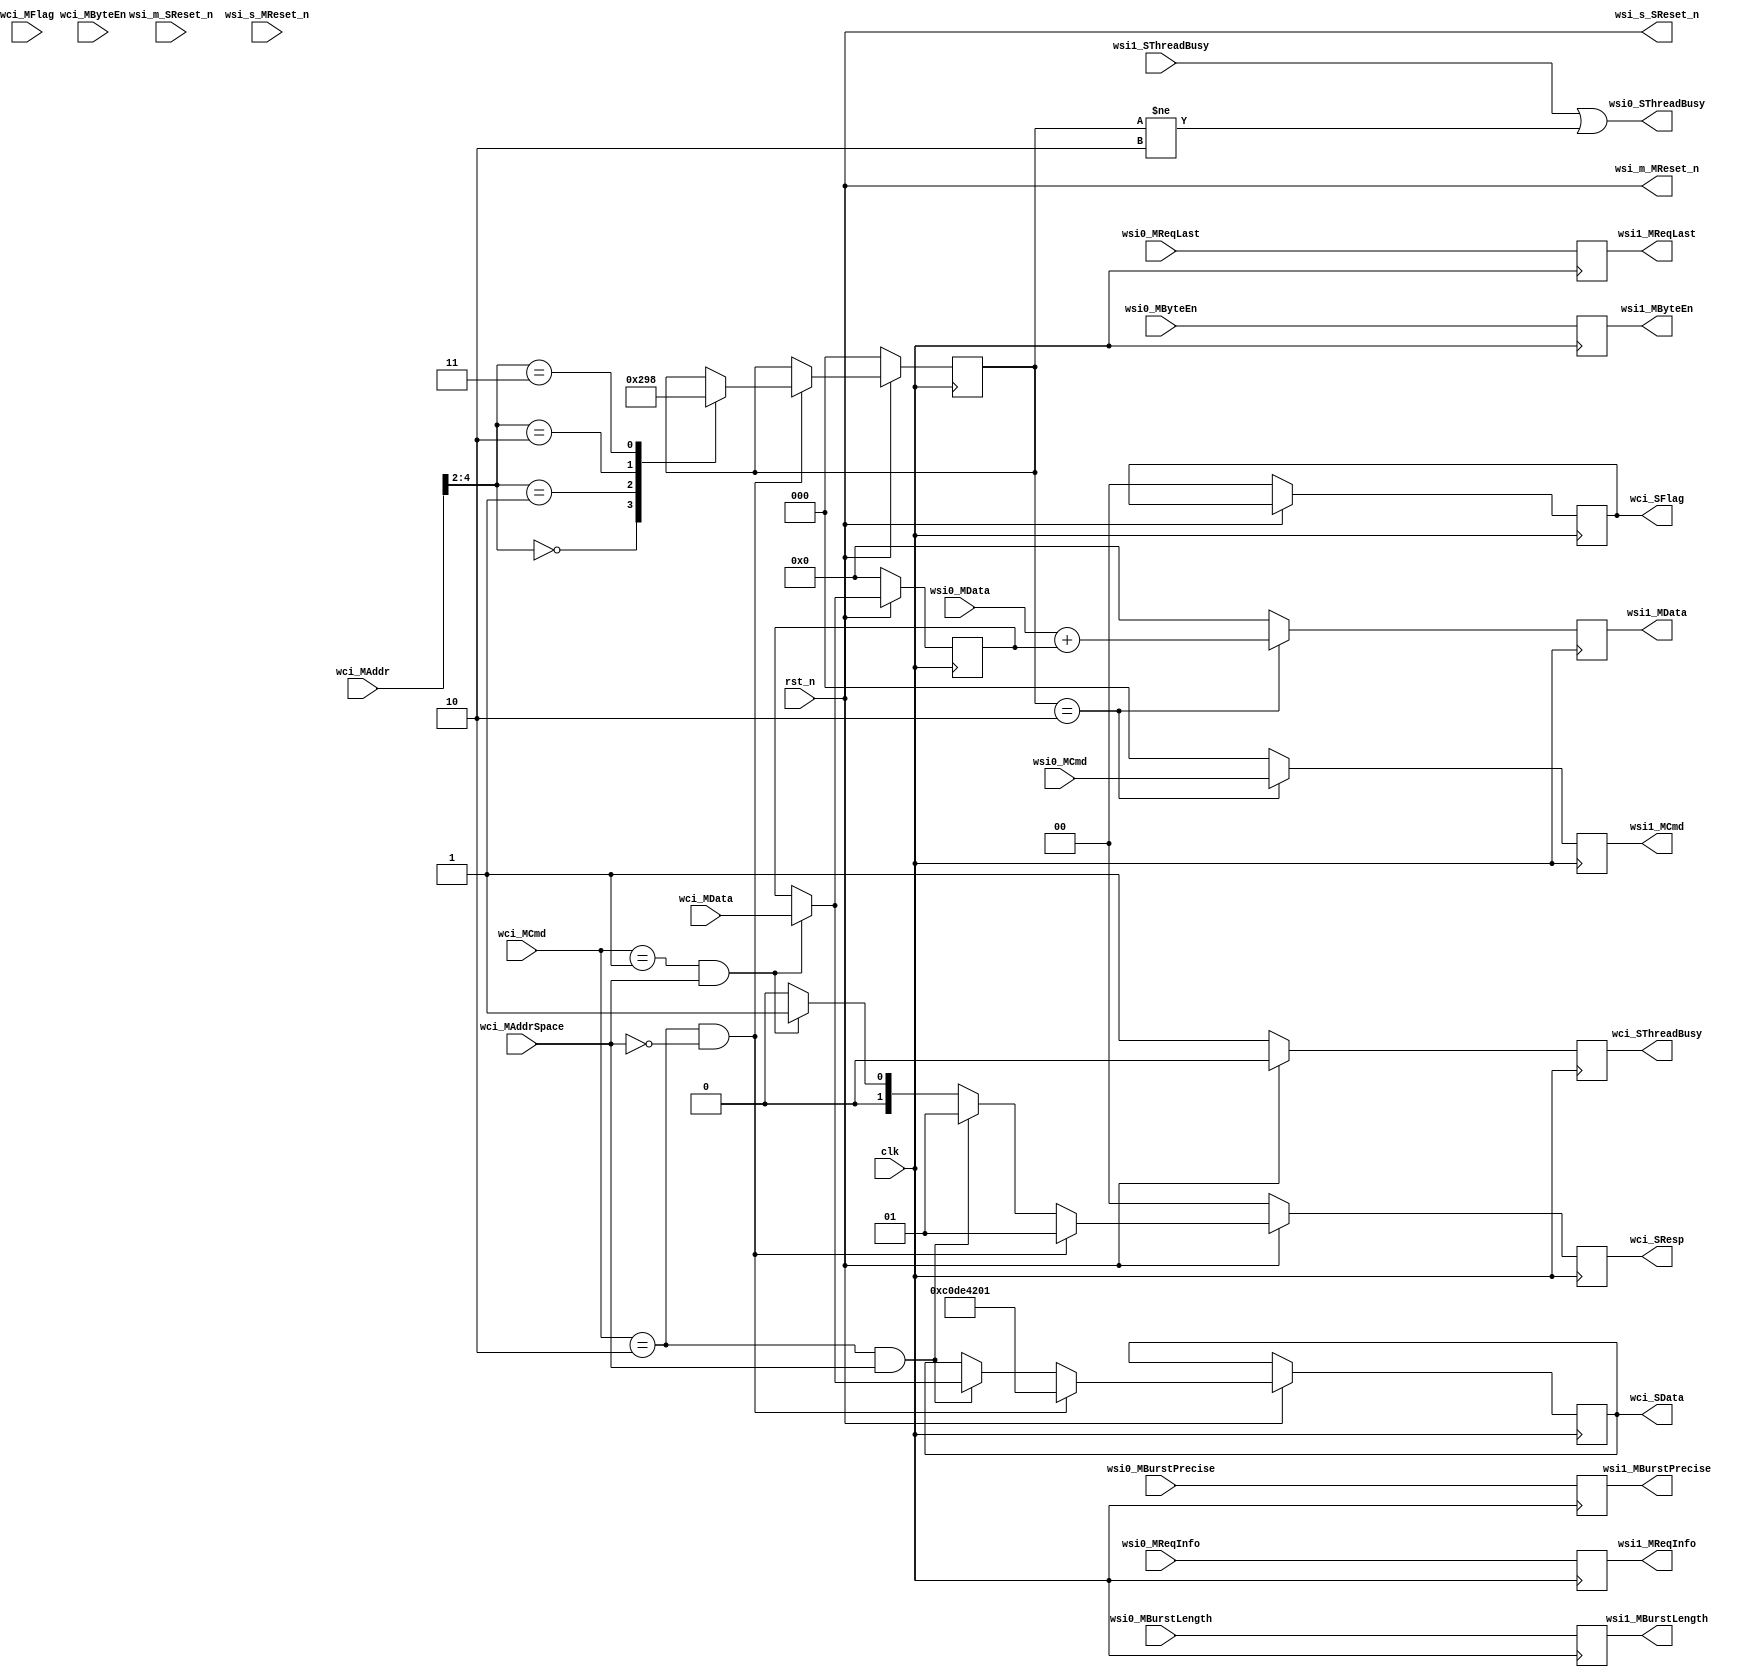
module biasWorker (
   input         clk,
   input         rst_n,
   input      [2:0]  wci_MCmd,
   input      [0:0]  wci_MAddrSpace,
   input      [3:0]  wci_MByteEn,
   input      [19:0] wci_MAddr,
   input      [31:0] wci_MData,
   output reg [1:0]  wci_SResp,
   output reg [31:0] wci_SData,
   input      [1:0]  wci_MFlag,
   output reg [1:0]  wci_SFlag,
   output reg        wci_SThreadBusy,
   input [2:0]       wsi0_MCmd,
   input             wsi0_MReqLast,
   input             wsi0_MBurstPrecise,
   input [11:0]      wsi0_MBurstLength,
   input [31:0]      wsi0_MData,
   input [3:0]       wsi0_MByteEn,
   input [7:0]       wsi0_MReqInfo,
   output            wsi0_SThreadBusy,
   output reg [2:0]  wsi1_MCmd,
   output reg        wsi1_MReqLast,
   output reg        wsi1_MBurstPrecise,
   output reg [11:0] wsi1_MBurstLength,
   output reg [31:0] wsi1_MData,
   output reg [3:0]  wsi1_MByteEn,
   output reg [7:0]  wsi1_MReqInfo,
   input             wsi1_SThreadBusy,
   output            wsi_m_MReset_n,
   input             wsi_m_SReset_n,
   input             wsi_s_MReset_n,
   output            wsi_s_SReset_n
 );
  reg [31:0] biasValue;
  reg [2:0]  wci_ctlSt;
  wire wci_cfg_write, wci_cfg_read, wci_ctl_op;
  assign wci_cfg_write = (wci_MCmd==3'h1 && wci_MAddrSpace[0]==1'b1);
  assign wci_cfg_read  = (wci_MCmd==3'h2 && wci_MAddrSpace[0]==1'b1);
  assign wci_ctl_op    = (wci_MCmd==3'h2 && wci_MAddrSpace[0]==1'b0);
  assign wsi_m_MReset_n = rst_n;
  assign wsi_s_SReset_n = rst_n;
  assign wsi0_SThreadBusy = (wsi1_SThreadBusy || (wci_ctlSt!=2'h2));
  always@(posedge clk)
  begin
    if (wci_ctlSt == 2'h2) begin           
      wsi1_MData = wsi0_MData + biasValue; 
      wsi1_MCmd  = wsi0_MCmd;
    end else begin                         
      wsi1_MData = 0;
      wsi1_MCmd  = 3'h0;                   
    end
    wsi1_MReqLast       = wsi0_MReqLast;
    wsi1_MBurstPrecise  = wsi0_MBurstPrecise;
    wsi1_MBurstLength   = wsi0_MBurstLength;
    wsi1_MByteEn        = wsi0_MByteEn;
    wsi1_MReqInfo       = wsi0_MReqInfo;
    wci_SThreadBusy     = 1'b0;                 
    wci_SResp           = 2'b0;
    if (rst_n==1'b0) begin                 
      wci_ctlSt       = 3'h0;
      wci_SResp       = 2'h0;
      wci_SFlag       = 2'h0;
      wci_SThreadBusy = 2'b1;             
      biasValue       = 32'h0000_0000;
    end else begin                         
      if (wci_cfg_write==1'b1) begin
        biasValue = wci_MData;             
        wci_SResp = 2'h1;
      end
      if (wci_cfg_read==1'b1) begin
        wci_SData = biasValue;             
        wci_SResp = 2'h1;
      end
      if (wci_ctl_op==1'b1) begin 
        case (wci_MAddr[4:2]) 
          2'h0 : wci_ctlSt = 3'h1;  
          2'h1 : wci_ctlSt = 3'h2;  
          2'h2 : wci_ctlSt = 3'h3;  
          2'h3 : wci_ctlSt = 3'h0;  
        endcase
        wci_SData = 32'hC0DE_4201;
        wci_SResp = 2'h1;
      end  
    end  
  end  
endmodule